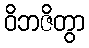
ဝိဘဇိတွာ